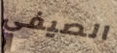
الصيفي